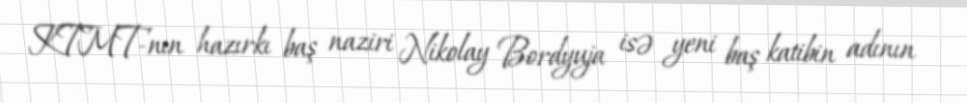
KTMT-nın hazırkı baş naziri Nikolay Bordyuja isə yeni baş katibin adının